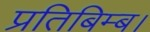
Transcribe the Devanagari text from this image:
प्रतिबिम्ब।